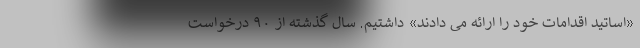
«اساتید اقدامات خود را ارائه می دادند» داشتیم. سال گذشته از ۹۰ درخواست